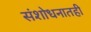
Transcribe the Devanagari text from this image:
संशोधनातही